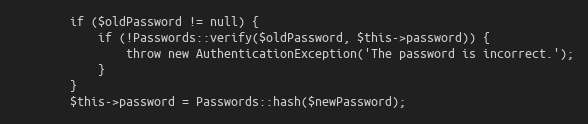
Language: PHP
		if ($oldPassword != null) {
			if (!Passwords::verify($oldPassword, $this->password)) {
				throw new AuthenticationException('The password is incorrect.');
			}
		}
		$this->password = Passwords::hash($newPassword);